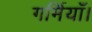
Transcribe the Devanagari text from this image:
गर्मियाँ।